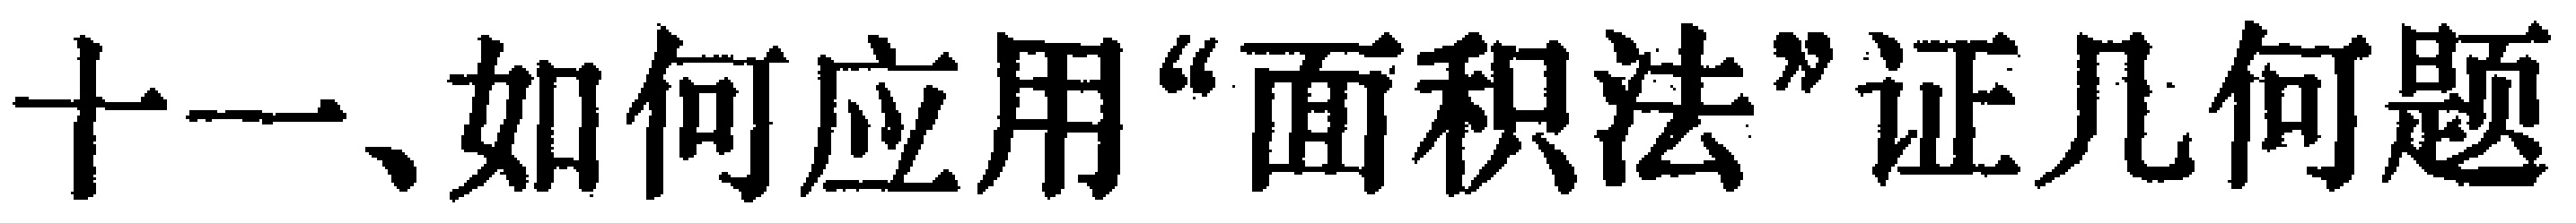
十一、如何应用“面积法”证几何题